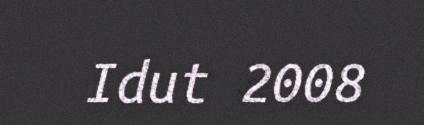
Idut 2008